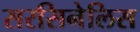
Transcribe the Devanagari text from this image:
सरसिनेलिस